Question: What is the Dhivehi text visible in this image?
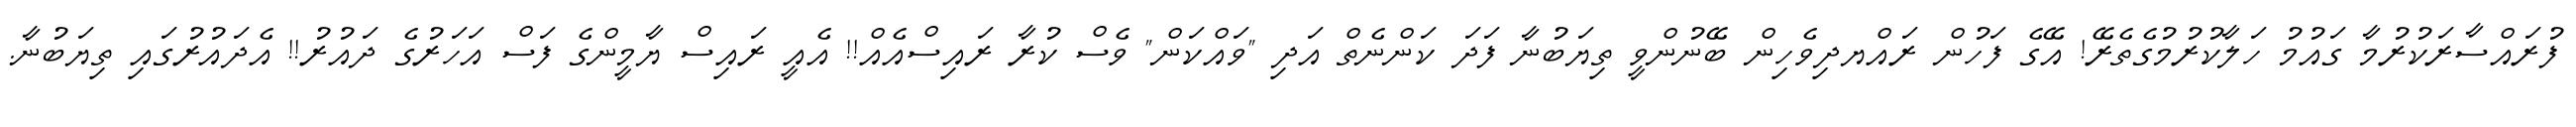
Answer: ފުރައްސާރަކުރުމާ ގައުމު ހަލާކުރުމުގެތެރޭ! އޭގެ ފަހުން ރައްޔދިވެހިން ބޭނުންވީ ތިޔަބުނާ ފަދަ ކަންނެތް އަދި "ވައްކަން" ވެސް ކުރާ ރައިސްއެއް!! އެއީ ރައިސް ޔާމީންގެ ފަސް އަހަރުގެ ދައުރު!! އެދައުރުގައި ތިޔަބުނާ.